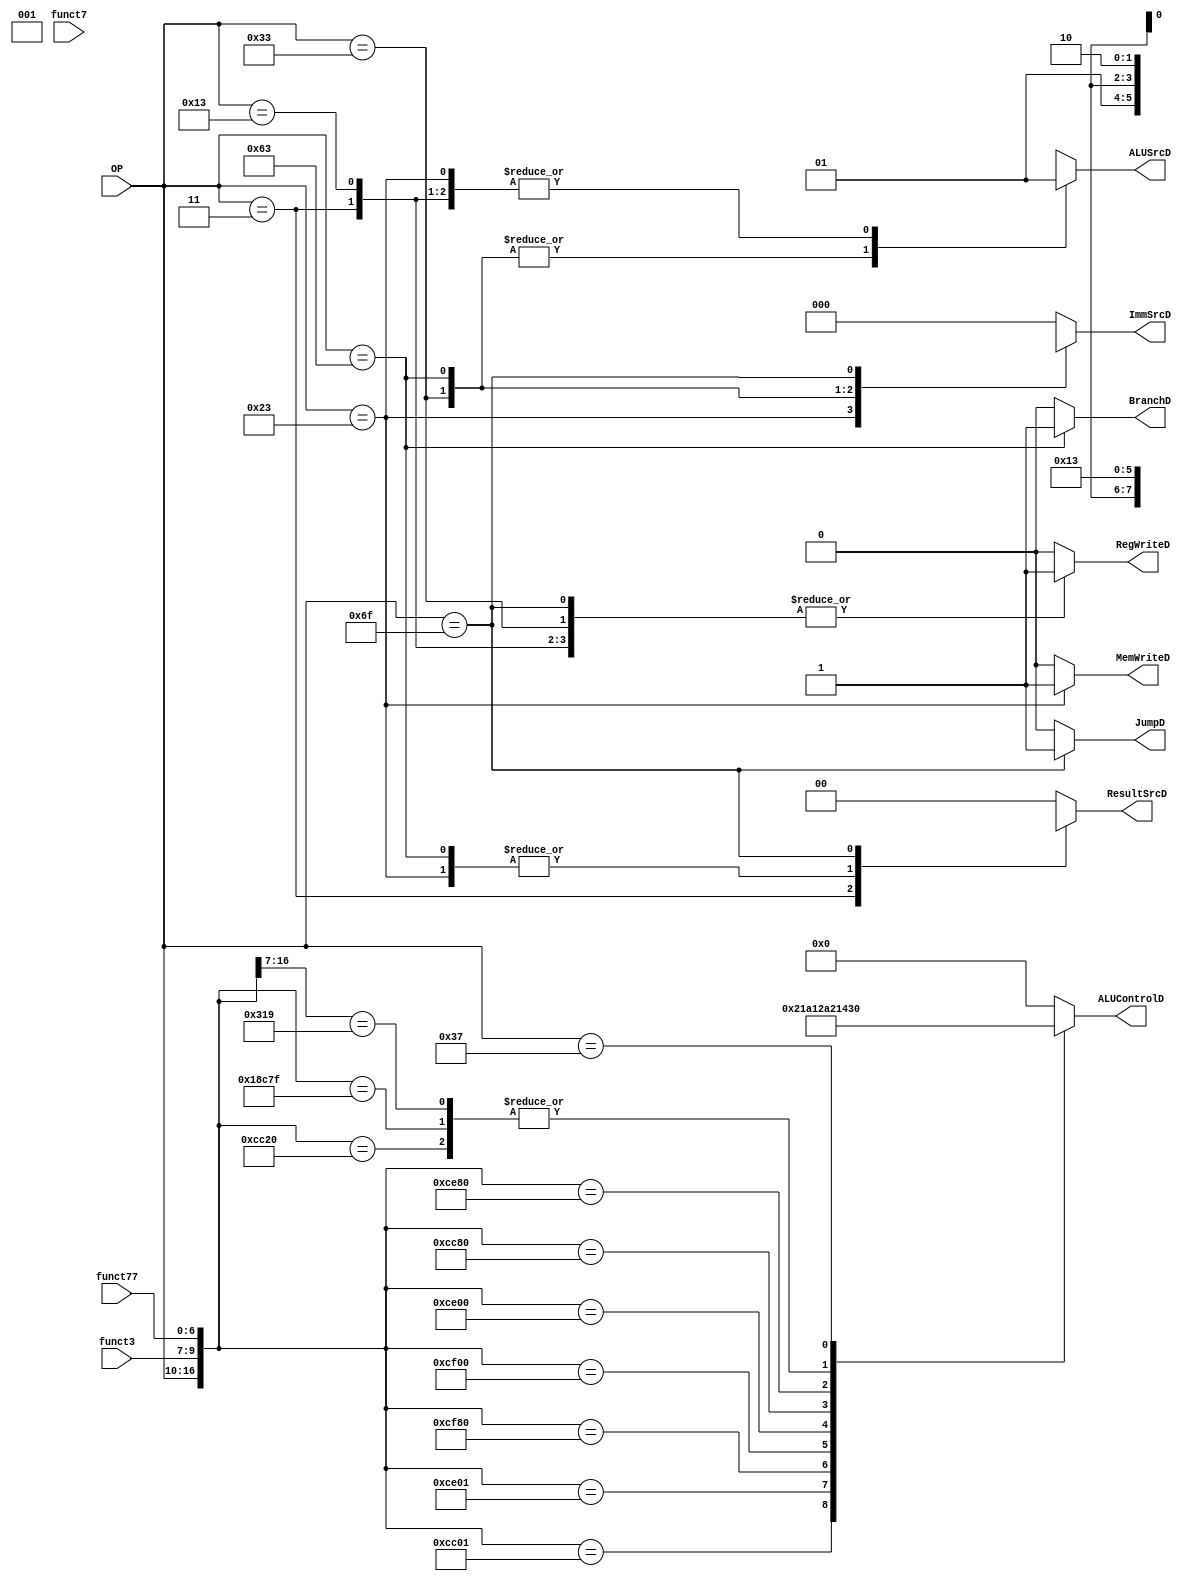
`timescale 1ns/1ps

module Controller (
    input      [6:0] OP,
    input      [6:0] funct77,
    input      [2:0] funct3,
    input            funct7,
    output reg       MemWriteD,
    output reg       ALUSrcD,           // whether the second operand is register (0) or immediate value (1)
    output reg       RegWriteD,
    output reg       BranchD,
    output reg       JumpD, //PCSrc
    output reg [1:0] ResultSrcD,
    output reg [4:0] ALUControlD,
    output reg [2:0] ImmSrcD
);
    
    wire [16:0] checker;
    assign      checker = {{OP},{funct3},{funct77}};
    reg [1:0]   ALUOp;
    always @ (*) begin
        casex (OP)
            7'b0000011: begin        //lw
                BranchD    = 0;
                ResultSrcD = 2'b01;             // final result is from memory
                MemWriteD  = 0;                 // write to memory not
                ALUSrcD    = 1;                 // we have immediate value as operand
                RegWriteD  = 1;                 // we have to write in register
                ALUOp      = 2'b00;
                ImmSrcD    = 3'b000;
                JumpD      = 0;
            end 

            7'b0100011: begin  //sw
                BranchD    = 0;
                ResultSrcD = 2'bxx;         // don't care
                MemWriteD  = 1;             // write to memory yes
                ALUSrcD    = 1;             // we have immediate value as operand
                RegWriteD  = 0;             // don't write in register
                ALUOp      = 2'b00;
                ImmSrcD    = 3'b001;
                JumpD      = 0;
            end

            7'b0110011: begin  //R-type
                BranchD    = 0;
                ResultSrcD = 2'b00;             // final result is alu result
                MemWriteD  = 0;
                ALUSrcD    = 0;                 // register type
                RegWriteD  = 1;
                ALUOp      = 2'b10;
                ImmSrcD    = 3'bxxx;
                JumpD      = 0;
            end

            7'b1100011: begin  //branch
                BranchD    = 1;
                ResultSrcD = 2'bxx;
                MemWriteD  = 0;
                ALUSrcD    = 0;
                RegWriteD  = 0;
                ALUOp      = 2'b01;
                ImmSrcD    = 3'b010;
                JumpD      = 0;
            end

            7'b0010011: begin  //I-Type
                BranchD    = 0;
                ResultSrcD = 2'b00;
                MemWriteD  = 0;
                ALUSrcD    = 1;                     // immediate
                RegWriteD  = 1;
                ALUOp      = 2'b10;
                ImmSrcD    = 3'b000;
                JumpD      = 0;
            end
            7'b1101111: begin //j
                BranchD    = 0;
                ResultSrcD = 2'b10;
                MemWriteD  = 0;
                ALUSrcD    = 1'bx;
                RegWriteD  = 1;
                ALUOp      = 2'bxx;
                ImmSrcD    = 3'b011;
                JumpD      = 1;
            end
            /*7'b0110111:begin //U-type
                BranchD <= 0;
                WE3 <= 1;
                ImmSrc <= 3'b100;
                ALUSrc <= 1;
                WE <= 0;
                ResultSrc <= 0;
                ALUOp <= 2'b00;
            end  */  
                
            default: begin
                BranchD    = 0;
                ResultSrcD = 2'b00;
                MemWriteD  = 0;
                ALUSrcD    = 1'bx;
                RegWriteD  = 0;
                ALUOp      = 2'b00;
                ImmSrcD    = 3'b000;
                JumpD      = 0;
            end 
            
        endcase
        
    end

    always @ (*) begin

        casex (checker)
////////////////////// R TYPE ////////////////////////////////////////////////////////////
            17'b01100110000000000: ALUControlD = 5'b00000;
            17'b01100110000100000: ALUControlD = 5'b00001;
            17'b01100110000000001: ALUControlD = 5'b00010;
            17'b01100111000000001: ALUControlD = 5'b00011;
            17'b01100111100000001: ALUControlD = 5'b00000; //rem defined wrong
            17'b01100111110000000: ALUControlD = 5'b01000;
            17'b01100111100000000: ALUControlD = 5'b01001;
            17'b01100111000000000: ALUControlD = 5'b01010;
            17'b01100110010000000: ALUControlD = 5'b00100; //sll,logical shift left
            17'b01100111010000000: ALUControlD = 5'b00101; //srl,logical shift right
////////////////////// I TYPE ////////////////////////////////////////////////////////////////
            17'b0010011000xxxxxxx: ALUControlD = 5'b00000;
//////////////////////   Branch     ////////////////////////////////////////////////////////////////
            17'b11000110001111111: ALUControlD = 5'b00001; //beq
            17'b1100011001xxxxxxx: ALUControlD = 5'b00001;
            17'b0000011010xxxxxxx: ALUControlD = 5'b00000;
            17'b0100011010xxxxxxx: ALUControlD = 5'b00000; 
            17'b0110111xxxxxxxxxx: ALUControlD = 5'b10000; //U-type
            default:               ALUControlD = 5'b00000;
        endcase
        
    end
endmodule